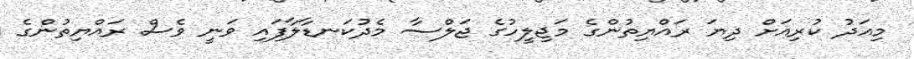
މިއަދު ކުރިއަށް ދިޔަ ރައްޔިތުންގެ މަޖިލީހުގެ ޖަލްސާ މެދުކަނޑާލާފައި ވަނީ ވެސް ރައްޔިތުންގެ